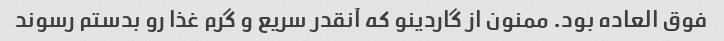
فوق العاده بود. ممنون از گاردینو که آنقدر سریع و گرم غذا رو بدستم رسوند